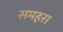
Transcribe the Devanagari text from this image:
समहरा